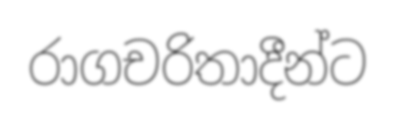
රාගචරිතාදීන්ට